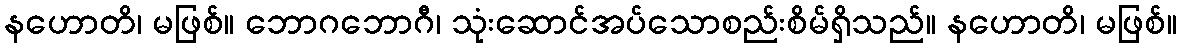
နဟောတိ၊ မဖြစ်။ ဘောဂဘောဂီ၊ သုံးဆောင်အပ်သောစည်းစိမ်ရှိသည်။ နဟောတိ၊ မဖြစ်။